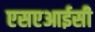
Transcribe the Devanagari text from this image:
एसएआईसी